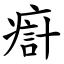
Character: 㾵